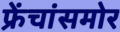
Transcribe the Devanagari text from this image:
फ्रेंचांसमोर